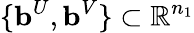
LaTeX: \{ \mathbf{b}^{U},\mathbf{b}^{V}\} \subset\mathbb{R}^{n_{1}}